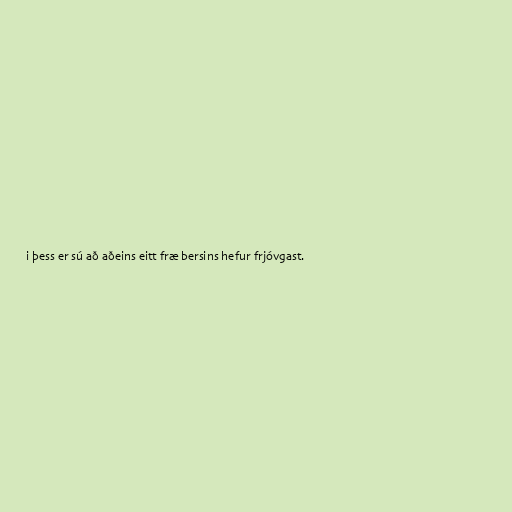
i þess er sú að aðeins eitt fræ bersins hefur frjóvgast.